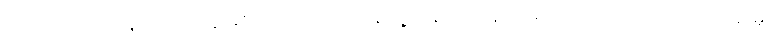
ဒါပေမဲ့ ကိုယ်ဝန်သည်တွေ ခံစားရတဲ့ ပြင်းထန်ပျို့အန် ဝေဒနာ အကြောင်းကို တင်ပြပြောဆိုမှု